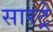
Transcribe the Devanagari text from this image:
सारट्रे